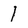
Character: I